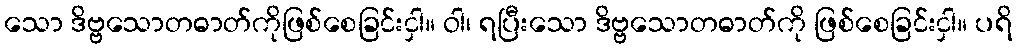
သော ဒိဗ္ဗသောတဓာတ်ကိုဖြစ်စေခြင်းငှါ။ ဝါ၊ ရပြီးသော ဒိဗ္ဗသောတဓာတ်ကို ဖြစ်စေခြင်းငှါ။ ပရိ